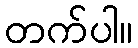
တက်ပါ။